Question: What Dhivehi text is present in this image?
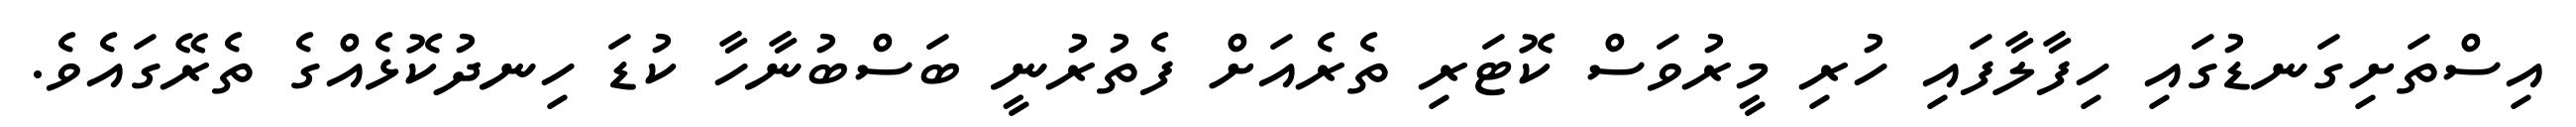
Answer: އިސްތަށިގަނޑުގައި ހިފާލާފައި ހުރި މީރުވަސް ކޮޓަރި ތެރެއަށް ފެތުރުނީ ބަސްބުނާހާ ކުޑަ ހިނދުކޮޅެއްގެ ތެރޭގައެވެ.